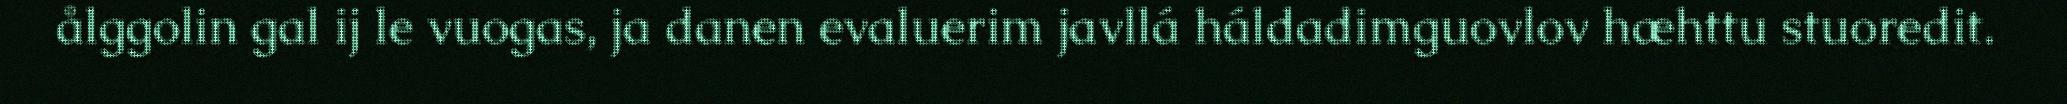
ålggolin gal ij le vuogas, ja danen evaluerim javllá háldadimguovlov hæhttu stuoredit.